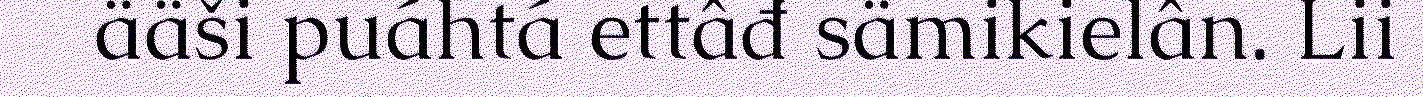
ääši puáhtá ettâđ sämikielân. Lii